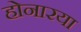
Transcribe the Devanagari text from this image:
होनारया